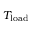
T _ { \mathrm { l o a d } }